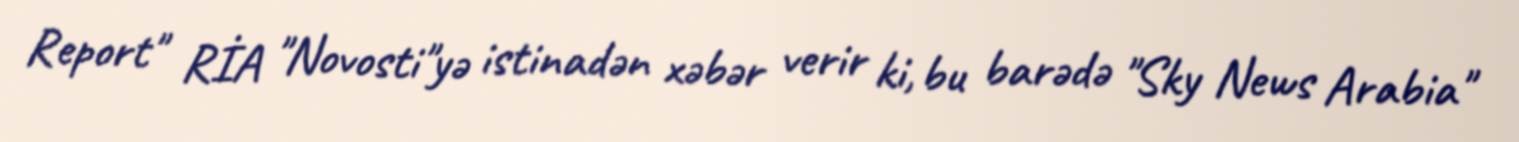
Report" RİA "Novosti"yə istinadən xəbər verir ki, bu barədə "Sky News Arabia"